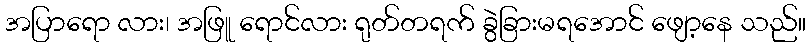
အပြာရော လား၊ အဖြူ ရောင်လား ရုတ်တရက် ခွဲခြားမရအောင် ဖျော့နေ သည်။